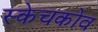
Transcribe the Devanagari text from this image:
स्केचकोव